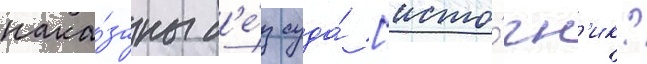
нака́заны б'е́з суда́ [исто́чн'ик?